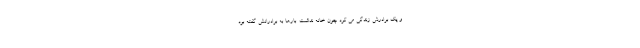
و یک برادرش زندگی می کرد چون خانه نداشت. بارها به برادرانش گفته بود